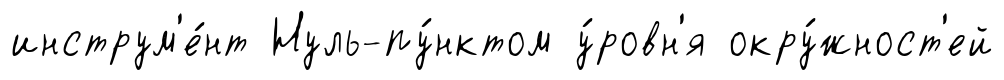
инструм'е́нт Нуль-пу́нктом у́ровн'я окру́жност'ей